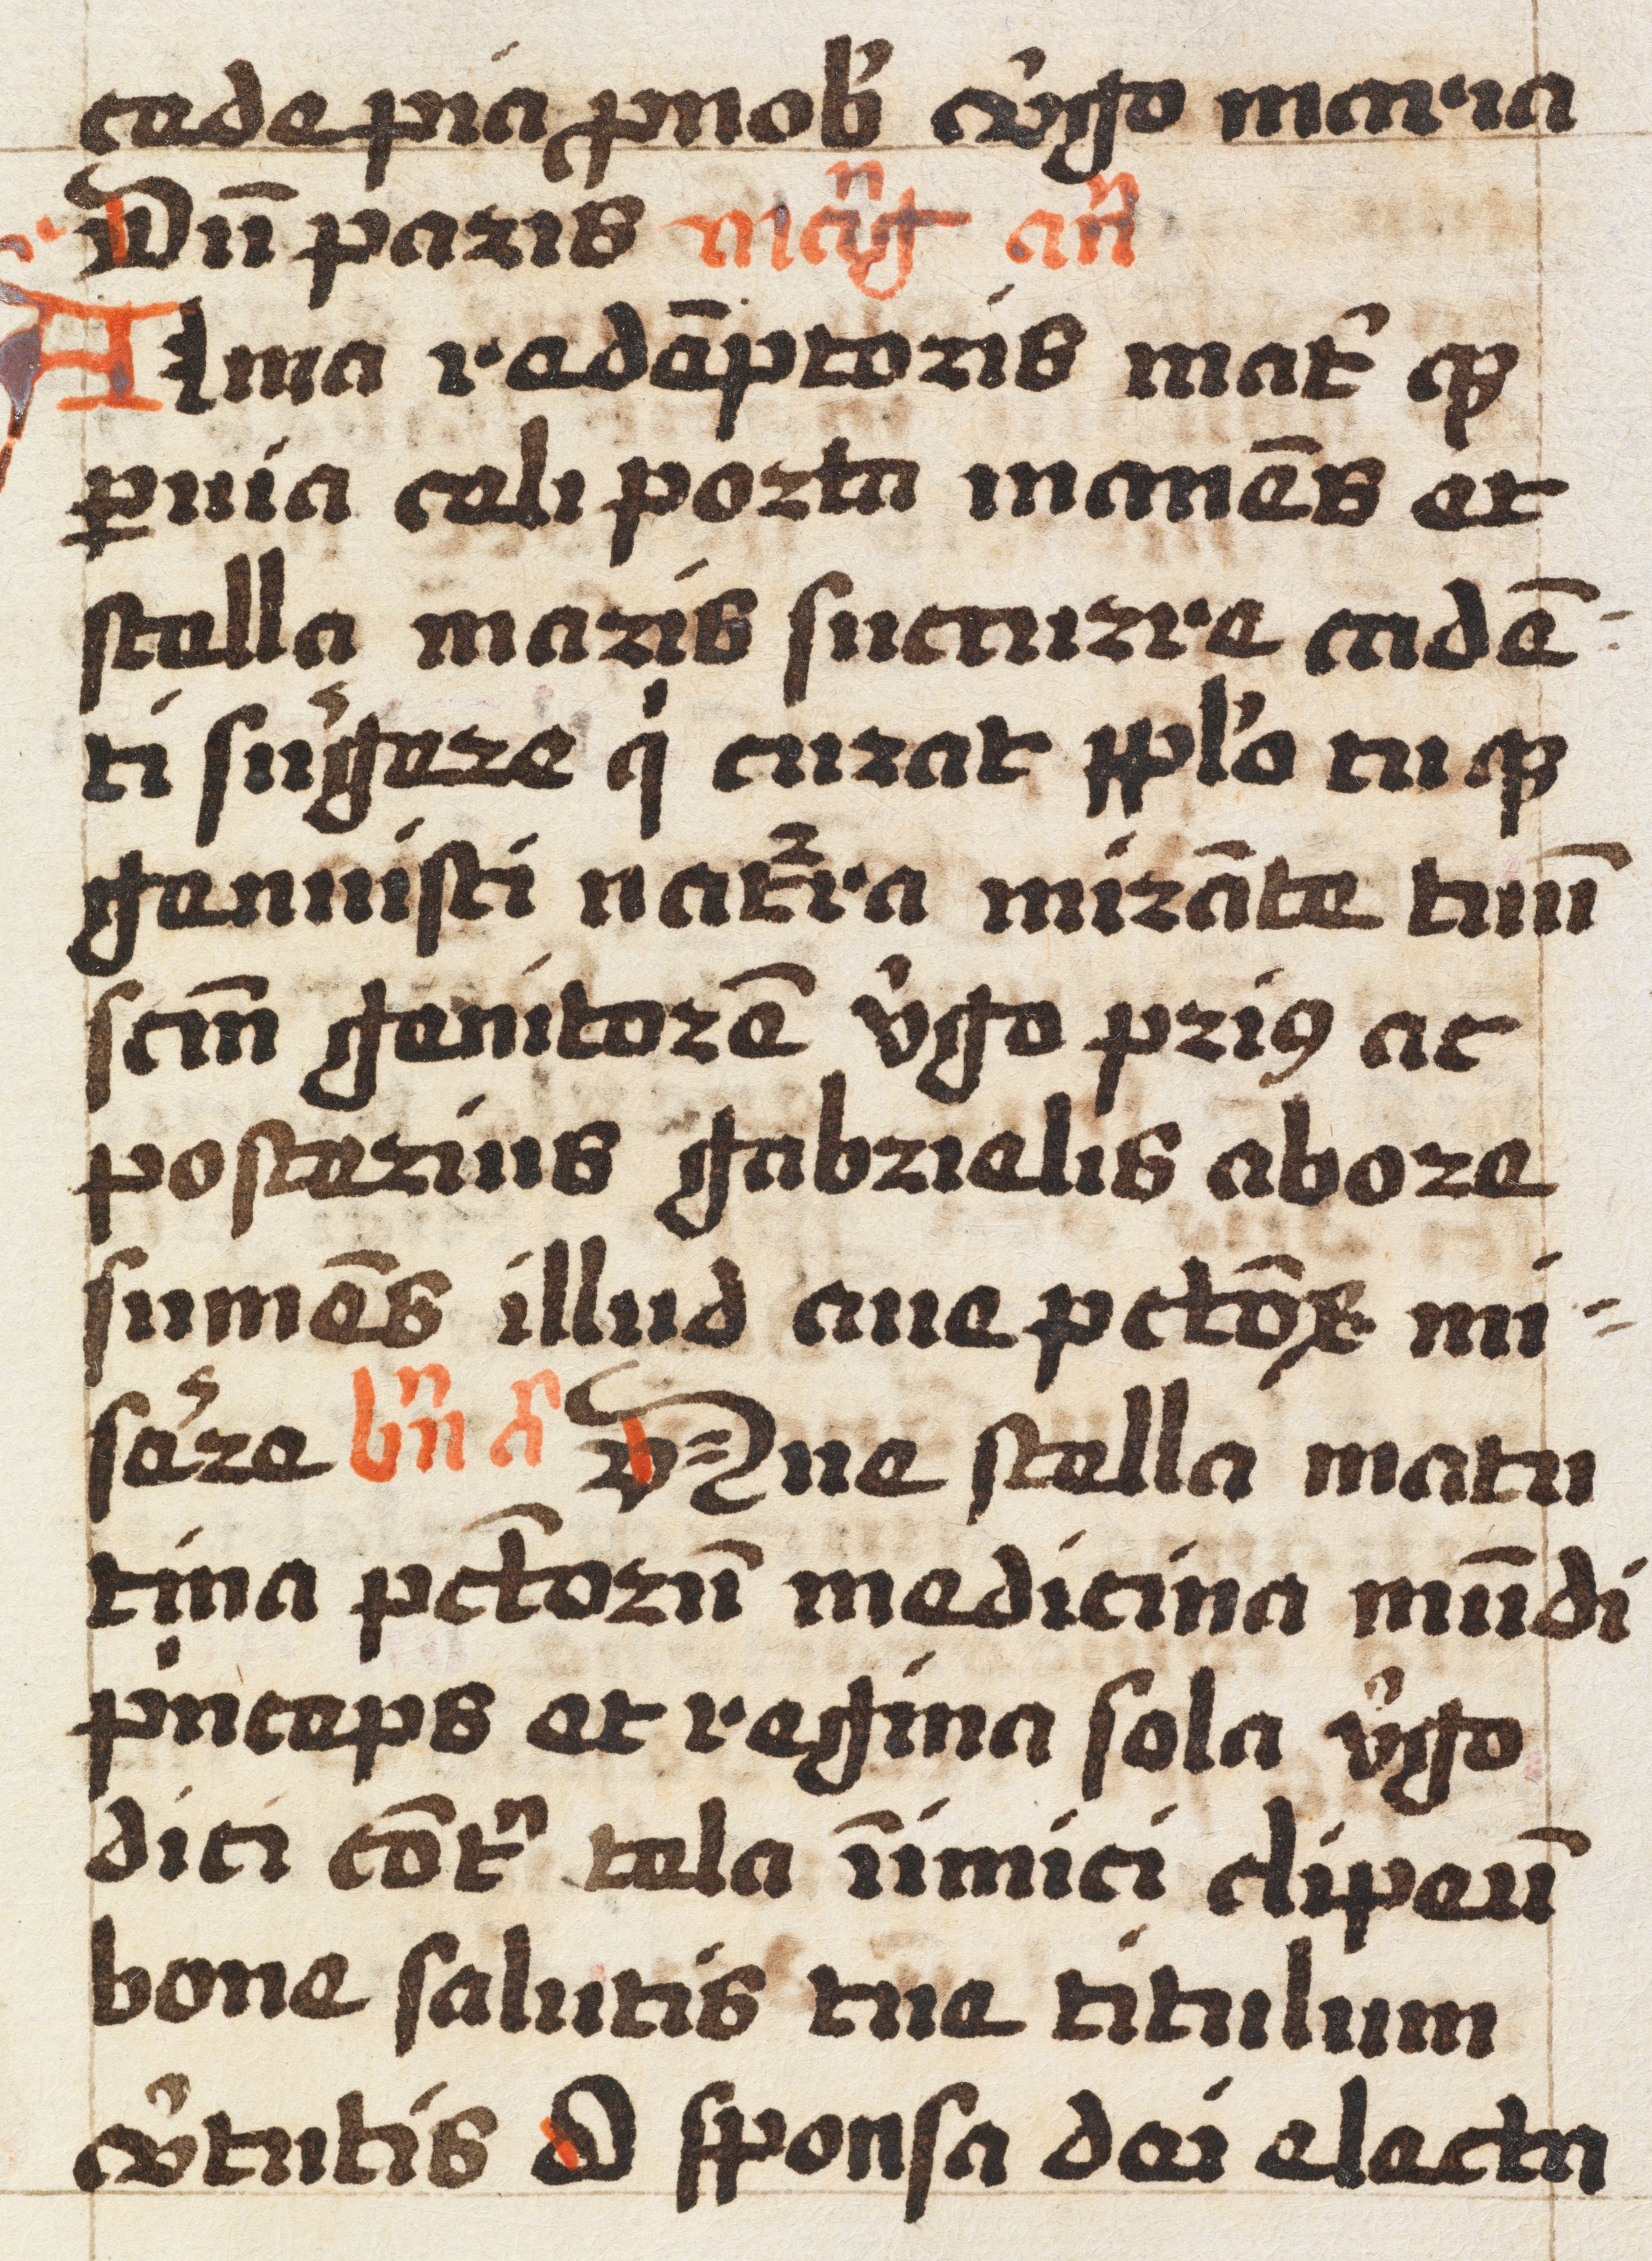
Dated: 1492–1492